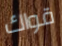
قواك